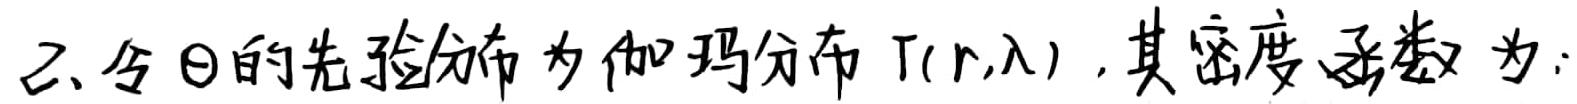
2. 令$\theta$的先验分布为伽玛分布$\Gamma(r,\lambda)$，其密度函数为：